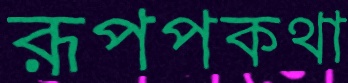
রূপপকথা